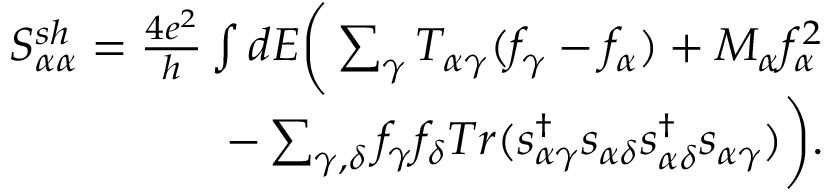
\begin{array} { r } { { S _ { \alpha \alpha } ^ { s h } } = \frac { 4 e ^ { 2 } } { h } \int d E \bigg ( \sum _ { \gamma } T _ { \alpha \gamma } ( f _ { \gamma } - f _ { \alpha } ) + M _ { \alpha } f _ { \alpha } ^ { 2 } } \\ { - \sum _ { \gamma , \delta } f _ { \gamma } f _ { \delta } T r ( s _ { \alpha \gamma } ^ { \dagger } s _ { \alpha \delta } s _ { \alpha \delta } ^ { \dagger } s _ { \alpha \gamma } ) \bigg ) . } \end{array}